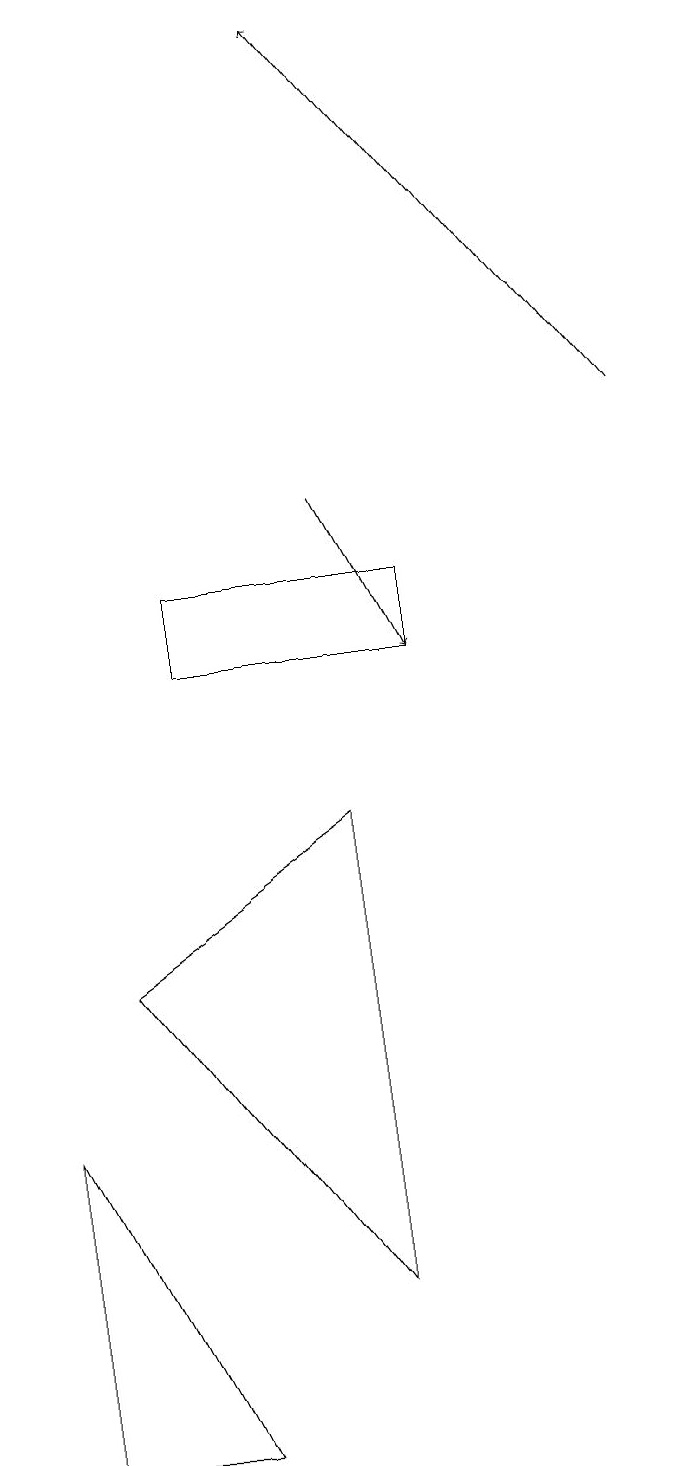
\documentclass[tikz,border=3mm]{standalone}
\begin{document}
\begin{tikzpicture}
\draw (0,4) -- (2,0) -- (0,0) -- cycle;
\draw (5,11) rectangle (2,10);
\draw (1,6) -- (4,8) -- (4,2) -- cycle;
\draw[->] (4,12) -- (5,10);
\draw[->] (8,13) -- (4,18);
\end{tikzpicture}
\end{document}